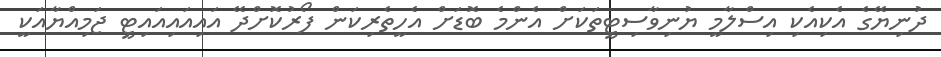
ދުނިޔޭގެ އެކިއެކި އިސްލާމީ ޔުނިވާސިޓީތަކަށް އެންމެ ބޮޑަށް އެހީތެރިކަން ފޯރުކޮށްދޭ އައިއައިއައިޓީ ޖަމިއްޔާއަކީ